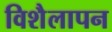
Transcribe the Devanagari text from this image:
विशैलापन